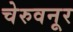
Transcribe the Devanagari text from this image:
चेरुवनूर